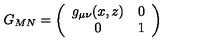
G _ { M N } = \left( \begin{array} { c c } { g _ { \mu \nu } ( x , z ) } & { 0 } \\ { 0 } & { 1 } \\ \end{array} \right)